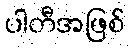
ပါတီအဖြစ်